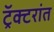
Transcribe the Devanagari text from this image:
ट्रॅक्टरांत